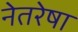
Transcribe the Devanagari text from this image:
नेतरेषा